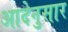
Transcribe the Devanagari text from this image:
आदेनुसार